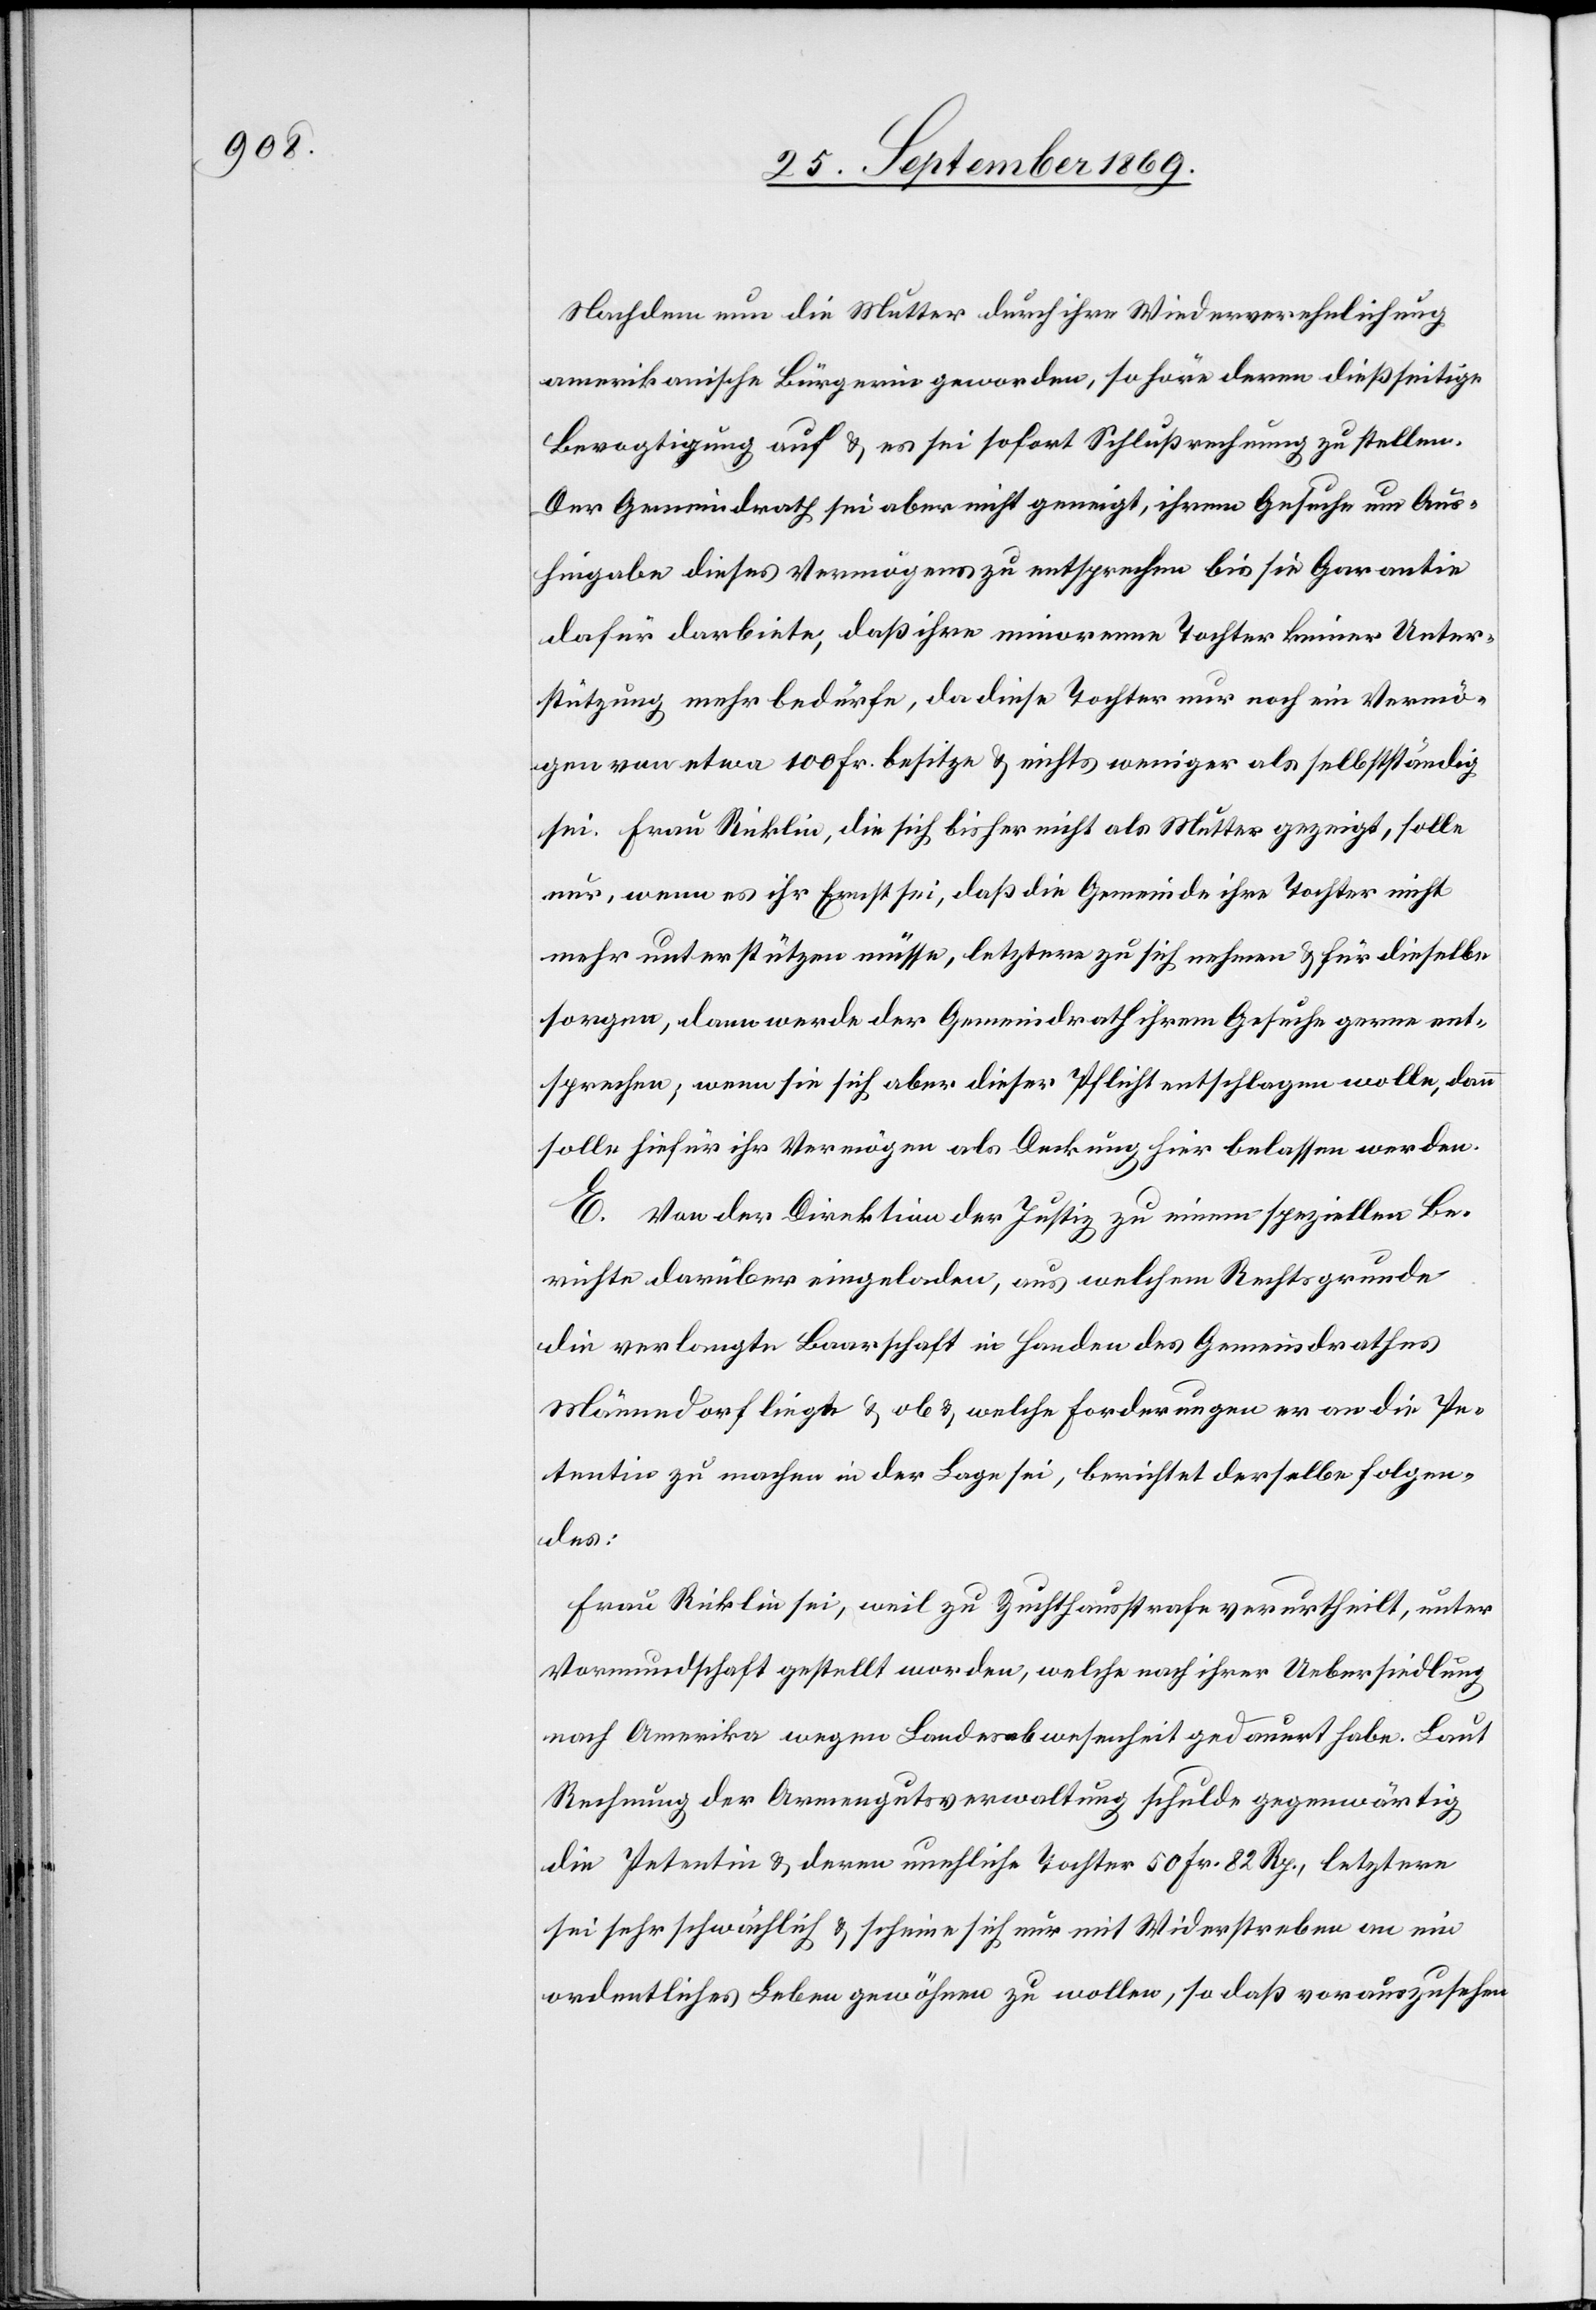
Nachdem nun die Mutter durch ihre Wiederverehelichung
amerikanische Bürgerin geworden, so höre deren dießseitige
Bevogtigung auf & es sei sofort Schlußrechnung zu stellen.
Der Gemeindrath sei aber nicht geneigt, ihrem Gesuche um Aus¬
hingabe dieses Vermögens zu entsprechen bis sie Garantie
dafür darbiete, daß ihre minorenne Tochter keiner Unter¬
stützung mehr bedürfe, da diese Tochter nur noch ein Vermö¬
gen von etwa 100 Fr. besitze & nichts weniger als selbstständig
sei. Frau Ricklin, die sich bisher nicht als Mutter gezeigt, solle
nur, wenn es ihr Ernst sei, daß die Gemeinde ihre Tochter nicht
mehr unterstützen müsse, letztere zu sich nehmen & für dieselbe
sorgen, dann werde der Gemeindrath ihrem Gesuche gerne ent¬
sprechen; wenn sie sich aber dieser Pflicht entschlagen wolle, dann
solle hiefür ihr Vermögen als Deckung hier belassen werden.
E. Von der Direktion der Justiz zu einem speziellen Be¬
richte darüber eingeladen, aus welchem Rechtsgrunde
die verlangte Baarschaft in Handen des Gemeindrathes
Männedorf liege & ob & welche Forderungen er an die Pe¬
tentin zu machen in der Lage sei, berichtet derselbe folgen¬
des:
Frau Ricklin sei, weil zu Zuchthausstrafe verurtheilt, unter
Vormundschaft gestellt worden, welche nach ihrer Uebersiedlung
nach Amerika wegen Landesabwesenheit gedauert habe. Laut
Rechnung der Armengutsverwaltung schulde[n] gegenwärtig
die Petentin & deren unehliche Tochter 50 Fr. 82 Rp., letztere
sei sehr schwächlich & scheine sich nur mit Widerstreben an ein
ordentliches Leben gewöhnen zu wollen, so daß vorauszusehen